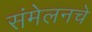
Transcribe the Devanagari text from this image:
संमेलनचे